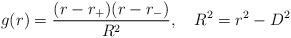
LaTeX: \begin{align*}g(r)={(r-r_+)(r-r_-) \over R^2}, \ \ \ R^2=r^2-D^2\end{align*}